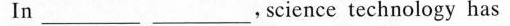
In ___ ___,science technology has